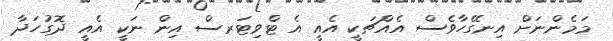
މަމެންނަށް އިނގޭހާވެސް އެއްޗަކީ އެއީ އެ ޓްވިޓަރސް އިން ނަކީ އެއީ ދޮގުހަދާ